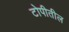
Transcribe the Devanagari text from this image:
टोपीतील